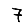
Digit: 7